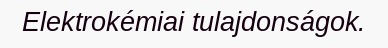
Elektrokémiai tulajdonságok.